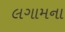
લગામના